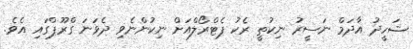
ޝަހީދު އާދަމް ނަސީރު ނިކުތީ ރެކު ޕެޓްރޯލްއަށް ނިކުންނެވި ދެވަނަ ގްރޫޕްގައި އެވެ.